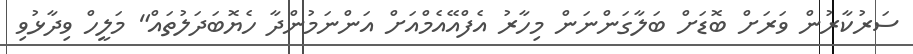
ސަރުކާރުން ވަރަށް ބޮޑަށް ބަލާގަންނަން މިހާރު އެފްއޭއެމްއަށް އަންނަމުންދާ ހެޔޮބަދަލުތައް" މަލީހް ވިދާޅުވި